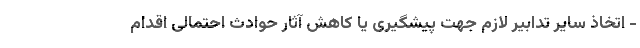
- اتخاذ سایر تدابیر لازم جهت پیشگیری یا کاهش آثار حوادث احتمالی اقدام